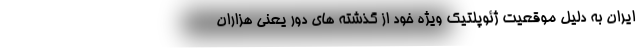
ایران به دلیل موقعیت ژئوپلتیک ویژه خود از گذشته های دور یعنی هزاران